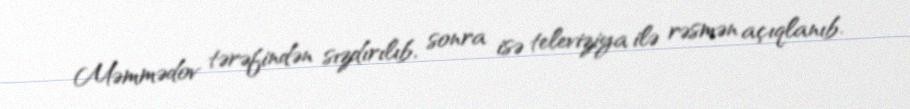
Məmmədov tərəfindən sızdırılıb, sonra isə televiziya ilə rəsmən açıqlanıb.